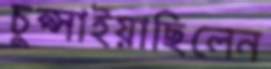
চুপ্‌সাইয়াছিলেন